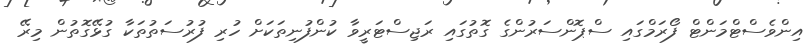
އިންވެސްޓްމަންޓް ފޯރަމްގައި ސްޕޮންސަރުންގެ ގޮތުގައި ރަޖިސްޓަރީވާ ކުންފުނިތަކަށް ހުރި ފުރުސަތުތަކާ ގުޅޭގޮތުން މިރޭ